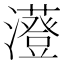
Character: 𤃥